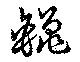
鑞